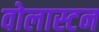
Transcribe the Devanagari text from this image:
वोलास्टन